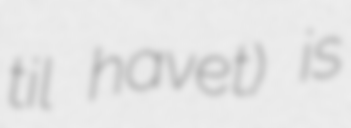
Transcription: til havet) is